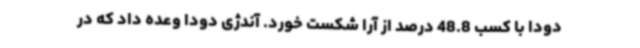
دودا با کسب 48.8 درصد از آرا شکست خورد. آندژی دودا وعده داد که در